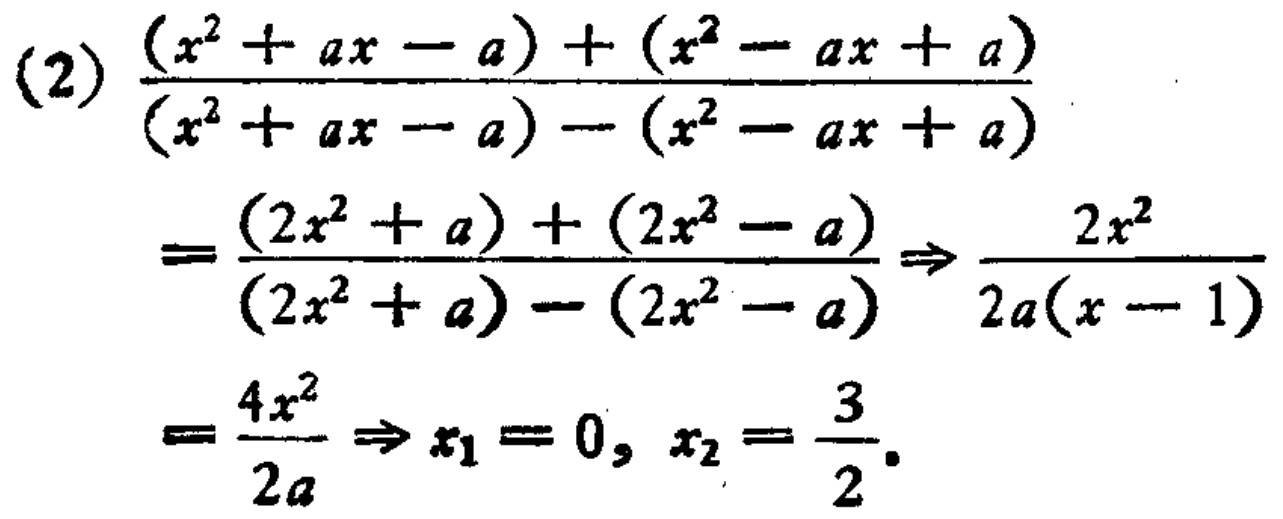
\[(2)\frac{(x^{2}+ax - a)+(x^{2}-ax + a)}{(x^{2}+ax - a)-(x^{2}-ax + a)}=\frac{(2x^{2}+a)+(2x^{2}-a)}{(2x^{2}+a)-(2x^{2}-a)}\Rightarrow\frac{2x^{2}}{2a(x - 1)}=\frac{4x^{2}}{2a}\Rightarrow x_{1}=0,x_{2}=\frac{3}{2}.\]